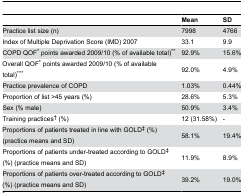
<table><thead><tr><td></td><td><b>Mean</b></td><td><b>SD</b></td></tr></thead><tbody><tr><td>Practice list size (n)</td><td>7998</td><td>4766</td></tr><tr><td>Index of Multiple Deprivation Score (IMD) 2007</td><td>33.1</td><td>9.9</td></tr><tr><td>COPD QOF* points awarded 2009/10 (% of available total)**</td><td>92.9% </td><td>15.6%</td></tr><tr><td>Overall QOF* points awarded 2009/10 (% of available total)***</td><td>92.0%</td><td>4.9%</td></tr><tr><td>Practice prevalence of COPD</td><td>1.03%</td><td>0.44%</td></tr><tr><td>Proportion of list &gt;45 years (%)</td><td>28.6%</td><td>5.3%</td></tr><tr><td>Sex (% male)</td><td>50.9%</td><td>3.4%</td></tr><tr><td>Training practices† (%)</td><td>12 (31.58%)</td><td>-</td></tr><tr><td>Proportions of patients treated in line with GOLD‡ (%) (practice means and SD)</td><td>58.1%</td><td>19.4%</td></tr><tr><td>Proportions of patients under-treated according to GOLD‡ (%) (practice means and SD)</td><td>11.9%</td><td>8.9%</td></tr><tr><td>Proportions of patients over-treated according to GOLD‡ (%) (practice means and SD)</td><td>39.2%</td><td>19.0%</td></tr></tbody></table>